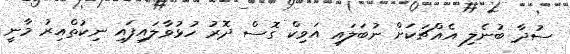
ސުދާ ބުނެލި އެއްޗަކަށް ނުބަލައި އަވިކް ގޮސް ދޮރު ހުޅުވާލައިފައި ނިކުތްއިރު މާނީ